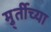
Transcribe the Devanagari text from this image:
मु्र्तीच्या